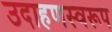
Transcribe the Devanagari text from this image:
उदाहणस्वरूप